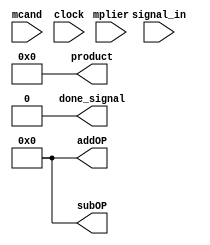
 module boothsalgo(mcand, mplier, clock, signal_in, product, done_signal, addOP, subOP);

    input clock, signal_in;
    input signed [31:0] mcand;  //multiplicand
    input signed [31:0] mplier; // multiplier

    output reg signed [63:0] product = 64'b0; // contains product
    output reg done_signal = 0;               // done_signal signal
    output reg [4:0] addOP = 0;              //count # addition
    output reg [4:0] subOP = 0;              //count # subtraction

    reg signed [31:0] temp_mplier;   // to store
    reg current_mplier_bit;          // contains current multiplier bit, multiplier[i]
    reg [4:0] current_index = 0;     // current index , i
    reg previous_mplier_bit = 0;     // previous bit, multiplier[i-1]

//initalizing for every new input to calculate product
    always @(posedge signal_in) begin
        done_signal <= 0;          // make done_signal 0 after getting new input
        addOP <= 0;                // initalize add count 0
        subOP <= 0;                // initalize sub count 0
        product <= 64'b0;          // initalize product 0
        previous_mplier_bit <= 0;  // i-1 = 0
        current_index <= 0;        // i = 0
    end

//booth's algorithm implementation
    always @(posedge clock) begin
        current_mplier_bit <= mplier[current_index]; //multiplier[i]
        #1
        // if current bit != last bit of multiplier  then change product accordingly
        if ( previous_mplier_bit != current_mplier_bit ) begin
            // 1 to 0 transition, add multiplicand x 2^i
            if (current_mplier_bit != 1) begin
                product <= product + (mcand << current_index); // add 2^i
                addOP <= addOP + 1; // add count ++
            end
            // 0 to 1 transition , subtract multiplicand x 2^i
            else begin
                product <= product - (mcand << current_index); // subtract 2^i
                subOP <= subOP + 1; // sub count ++
            end
        end

        temp_mplier <= mplier >>> (current_index + 1); // for termination
        #1
        // termination process
        if (current_index == 32 - 1) begin // if last bit of product reached
            done_signal <= 1;
        end
        // multiplication ends
        if (current_mplier_bit == 1) begin
            if(temp_mplier == -1) begin // terminate
                done_signal <= 1;
            end
        end
        else begin
            if (temp_mplier == 0) begin // terminate
                done_signal <= 1;
            end
        end

        //to move to next iteration
        current_index <= current_index + 1; // i ++
        previous_mplier_bit <= current_mplier_bit; // curr bit stored as prv bit for next iteration

    end

endmodule